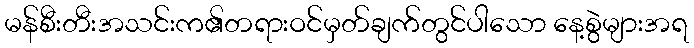
မန်စီးတီးအသင်းက၏တရားဝင်မှတ်ချက်တွင်ပါသော နေ့စွဲများအရ